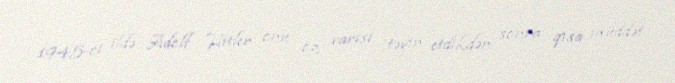
1945-ci ildə Adolf Hitler onu öz varisi təyin etdikdən sonra qısa müddət